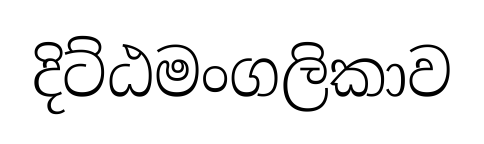
දිට්ඨමංගලිකාව